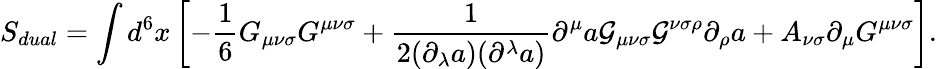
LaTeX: S_{dual}=\int d^{6}x\left[-{\frac 16}G_{{\mu}{\nu}{\sigma}}G^{{\mu}{\nu}{\sigma}}+\frac{1}{2({\partial}_{\lambda}a)({\partial}^{\lambda}a)}{\partial}^{\mu}a{\cal G}_{{\mu}{\nu}{\sigma}}{\cal G}^{{\nu}{\sigma}{\rho}}{\partial}_{\rho}a+A_{{\nu}{\sigma}}{\partial}_{{\mu}}G^{{\mu}{\nu}{\sigma}}\right].